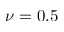
\nu = 0 . 5